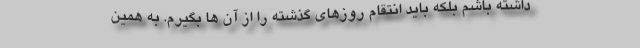
داشته باشم بلکه باید انتقام روزهای گذشته را از آن ها بگیرم. به همین